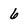
Character: 6